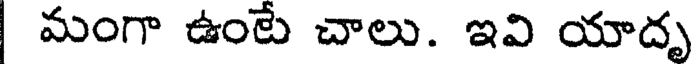
మంగా ఉంటే చాలు. ఇవి యాదృ